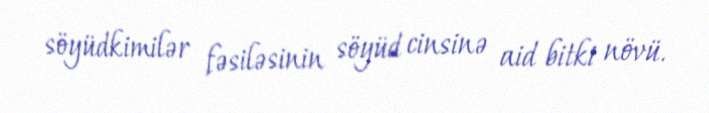
söyüdkimilər fəsiləsinin söyüd cinsinə aid bitki növü.